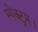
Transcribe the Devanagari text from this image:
स्पेक्ट्रम।